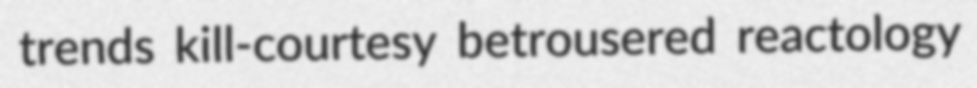
trends kill-courtesy betrousered reactology